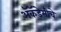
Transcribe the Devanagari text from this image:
अॅकॅडेमीचे